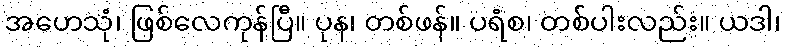
အဟေသုံ၊ ဖြစ်လေကုန်ပြီ။ ပုန၊ တစ်ဖန်။ ပရံစ၊ တစ်ပါးလည်း။ ယဒါ၊